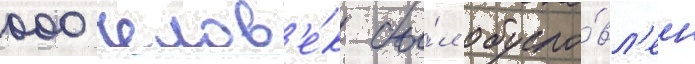
000 челов'е́к бы́л обусло́вл'ен